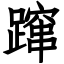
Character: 蹿